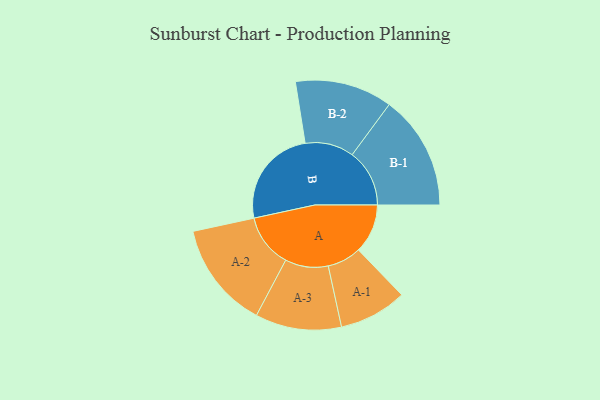
{"axis": {"x": "Segment", "y": "Value"}, "legend": ["", "A", "B"], "data": [{"x": "A", "y": 200, "type": ""}, {"x": "B", "y": 405, "type": ""}, {"x": "A-1", "y": 138, "type": "A"}, {"x": "A-2", "y": 217, "type": "A"}, {"x": "A-3", "y": 175, "type": "A"}, {"x": "B-1", "y": 233, "type": "B"}, {"x": "B-2", "y": 198, "type": "B"}]}